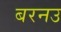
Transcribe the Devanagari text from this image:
बरनउ